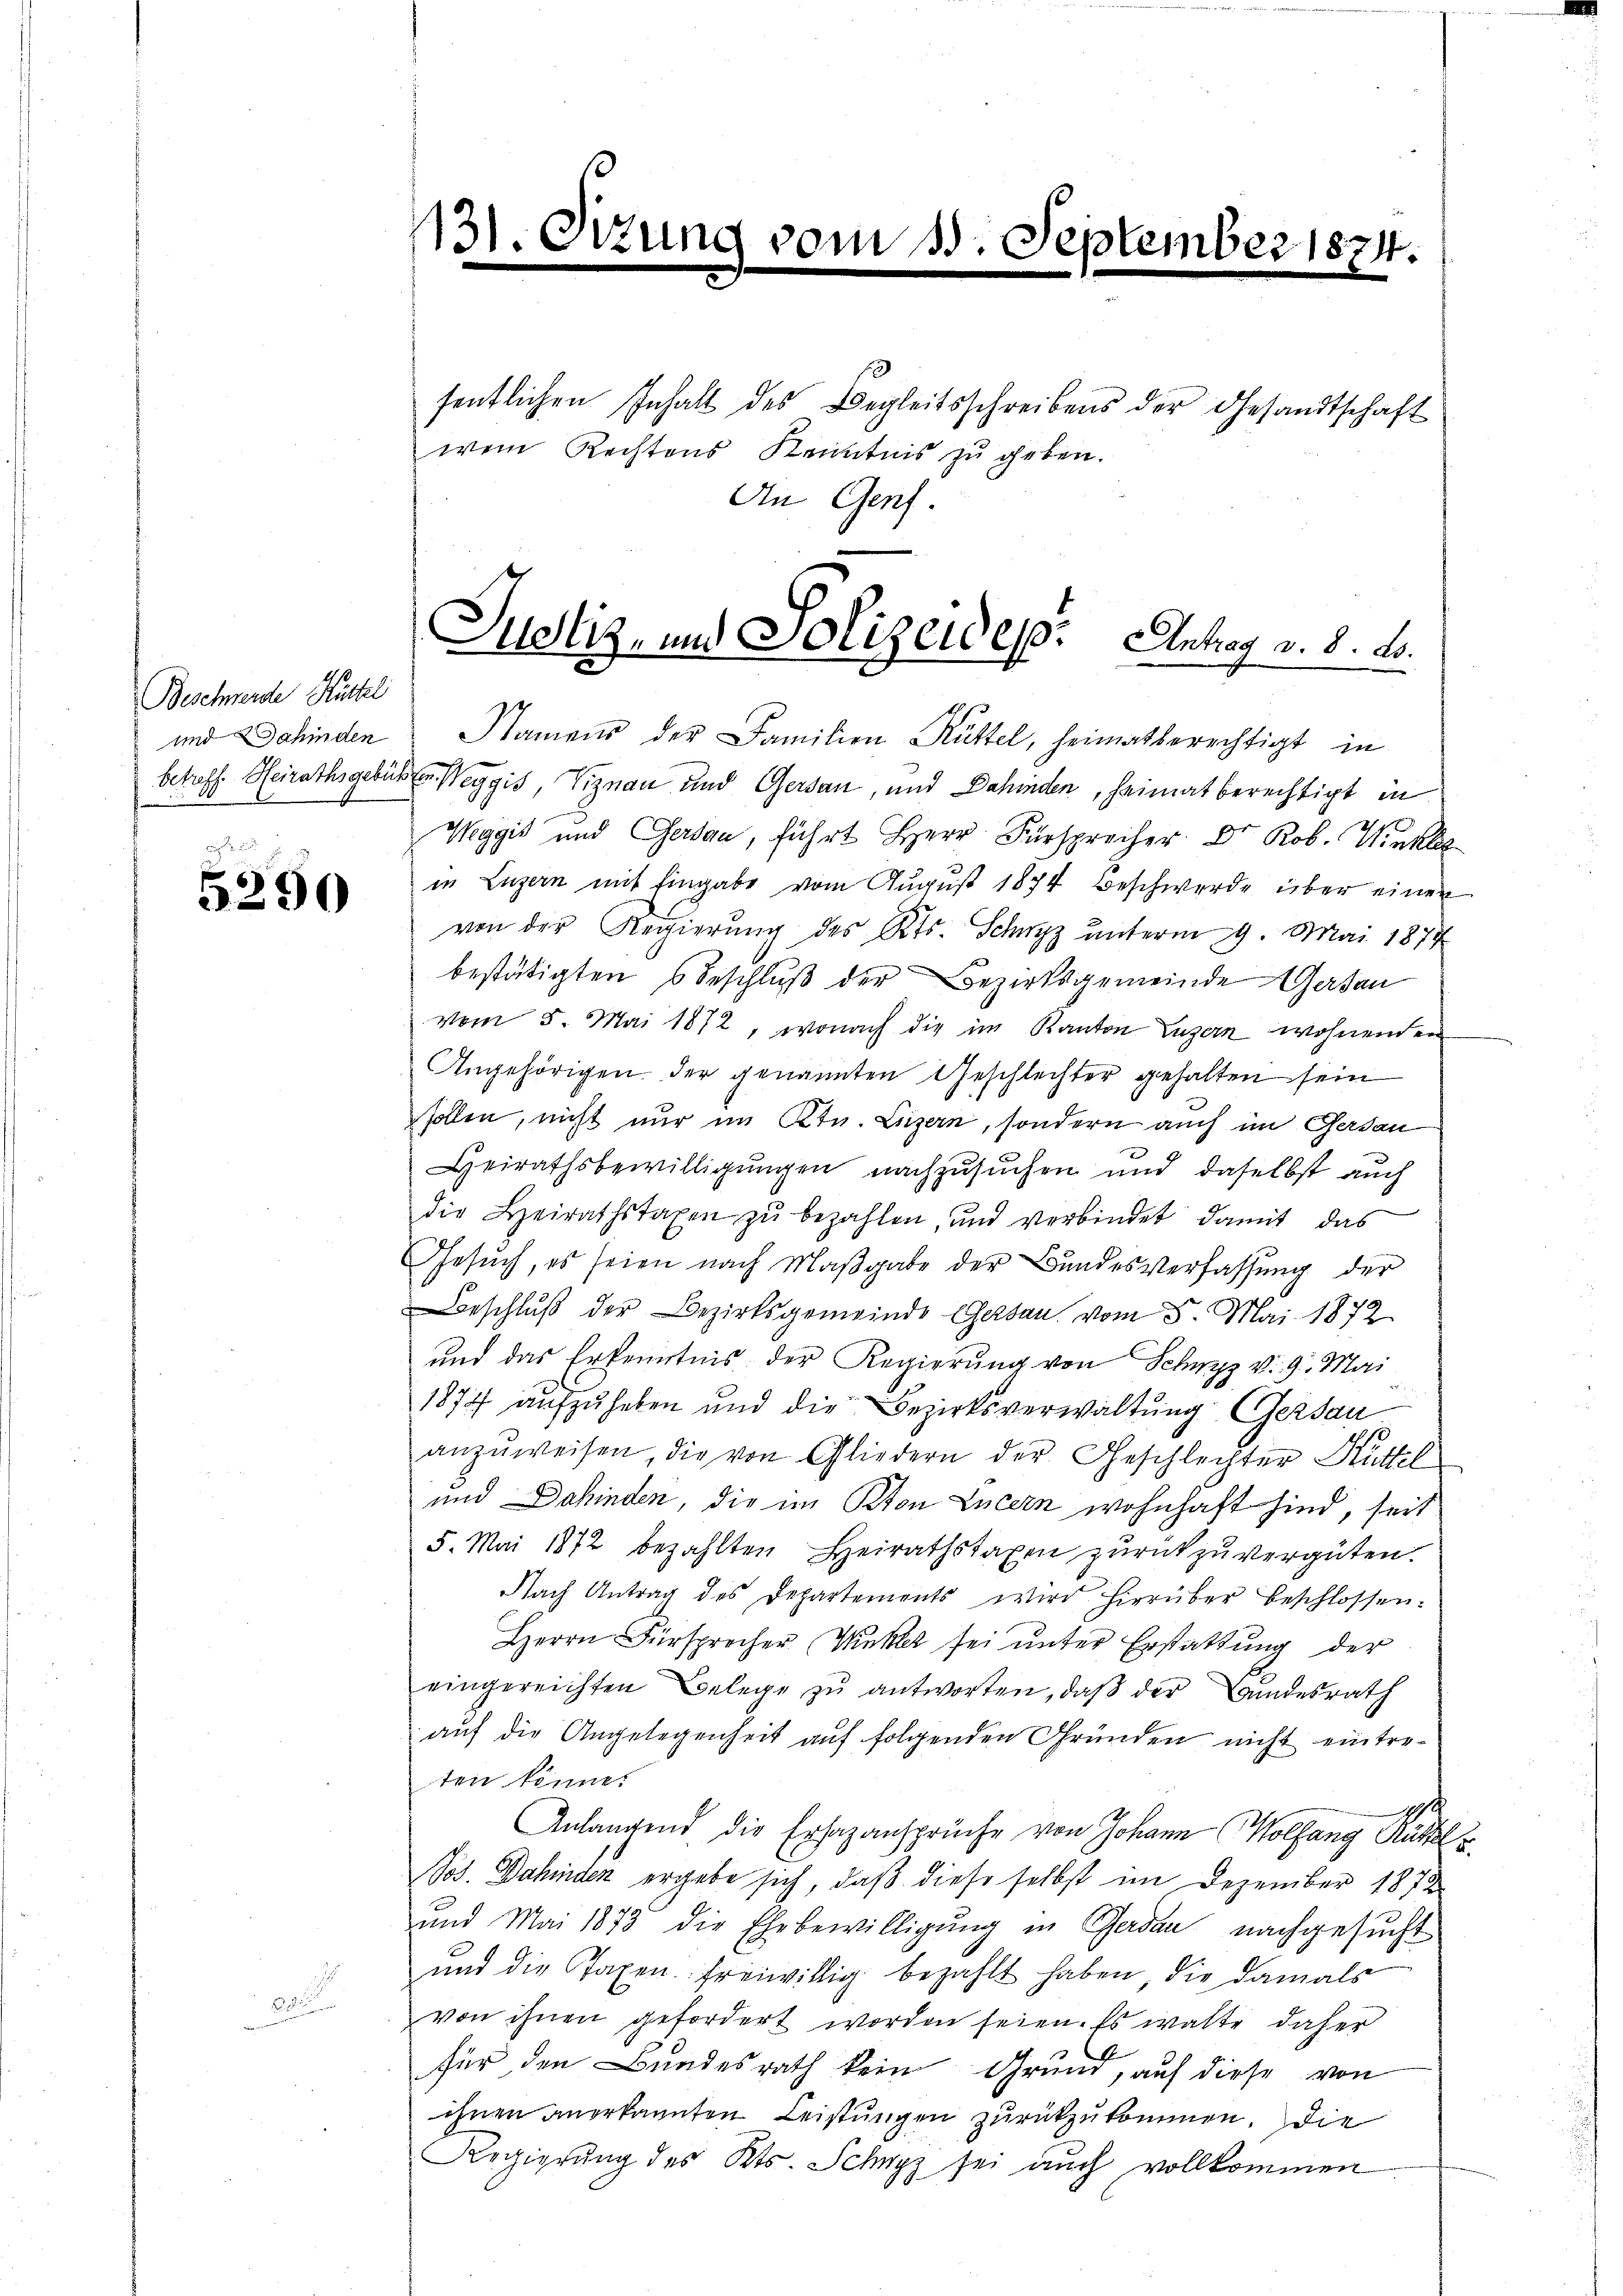
Bechende Ruche

5290

131.

wem Rechtens Kenntnis zu geben.
An Genf.

September 1874.

sentlichen Inhalt des Begleitsschreibens der Gesandtschaft

und Dahinden Namens der Familien Rüttel, heimatberechtigt in
betreff Heirathsgebüßten Weggis, Viznau und Gersau, und Dahinden, heimat berechtigt in
Weggis und Gersau, führt Herr Fürsprecher Dr Rob. Winkle
in Luzern mit Eingabe vom August 1874 beschwerde über einen
von der Regierung des Kts. Schwyz unterm 29. Mai 1877
bestätigten 6 Beschluß der Bezirksgemeinde Gasan
vom 5. Mai 1872, wonach die im Kanton Luzern wohnenden
Angehörigen der genannten Geschlechter gehalten sein
sollen, nicht nur im Ktn. Luzern, sondern auch im Gerdan
Heirathsbewilligungen nachzusuchen und daselbst auch
die Heirathstaxen zŭ bezahlen, und verbindet damit das
Gesŭch, es seien nach Maβgabe der Bŭndesverfassŭng der
eschluß der Bezirksgemeinde Gersau vom 5. Mai 1872
und das Erkenntnis der Regierung von Schwyz v. 9. Mai
1874 aŭfzŭheben und die Bezirksverwaltung (Gersau
anzuweisen, die von Gliedern der Geschlechter Hüttel
und Dahinden, die im Ston Luzern wohnhaft sind, seit
5. Mai 1872 bezahlten Heirathstaxen zurückzuvergüten.
Nach Antrag des Departements wird hierüber beschlossen:
Herrn Fürsprocher Winkler sei ŭnter Erstattung der
eingereichten Belege zu antworten, daß der andesrath
auf die Angelegenheit auf folgenden Gründen nicht eintreten könne.
g
Anlangend die Ersazansprüche von Johann Wolfang Rüttel
Nos. Dahinden ergebe sich, daß diese selbst im Dezember 1872
und Mai 1873 die Ehebewilligung in Gaden nachgesucht
und die Taxen freiwillig bezahlt haben, die damals
von ihnen gefordert worden seien. Es walte daher
für den Bundesrath kein Grund, auf diese von
ihnen anerkannten Leistungen zurückzukommen. Die
Regierung des Kts. Schwyz sei auch vollkommen

Justiz- und Polizeides: Antrag v. 8. d.